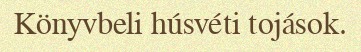
Könyvbeli húsvéti tojások.